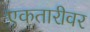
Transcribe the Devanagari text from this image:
एकतारीवर